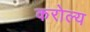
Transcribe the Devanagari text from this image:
करोल्य